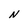
Character: N